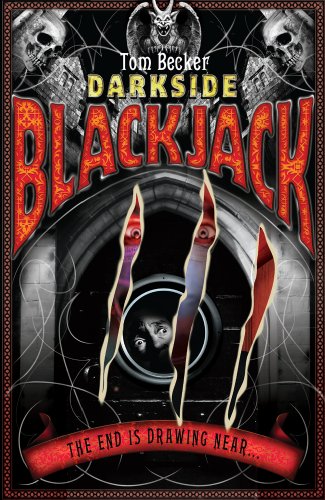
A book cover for Blackjack (Darkside); Tom Becker; Humor & Entertainment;